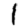
Digit: 1